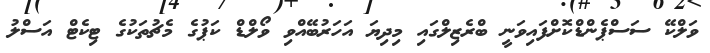
ވަލްކޭ ސަސްޕެންޑްކޮށްފައިވަނީ ބްރެޒިލްގައި މިދިޔަ އަހަރުބޭއްވި ވޯލްޑް ކަޕުގެ މެޗުތަކުގެ ޓިކެޓް އަސްލު